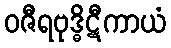
ဝဇီရဗုဒ္ဓိဋီကာယံ